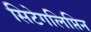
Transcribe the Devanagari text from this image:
सिटेगलिप्तिन